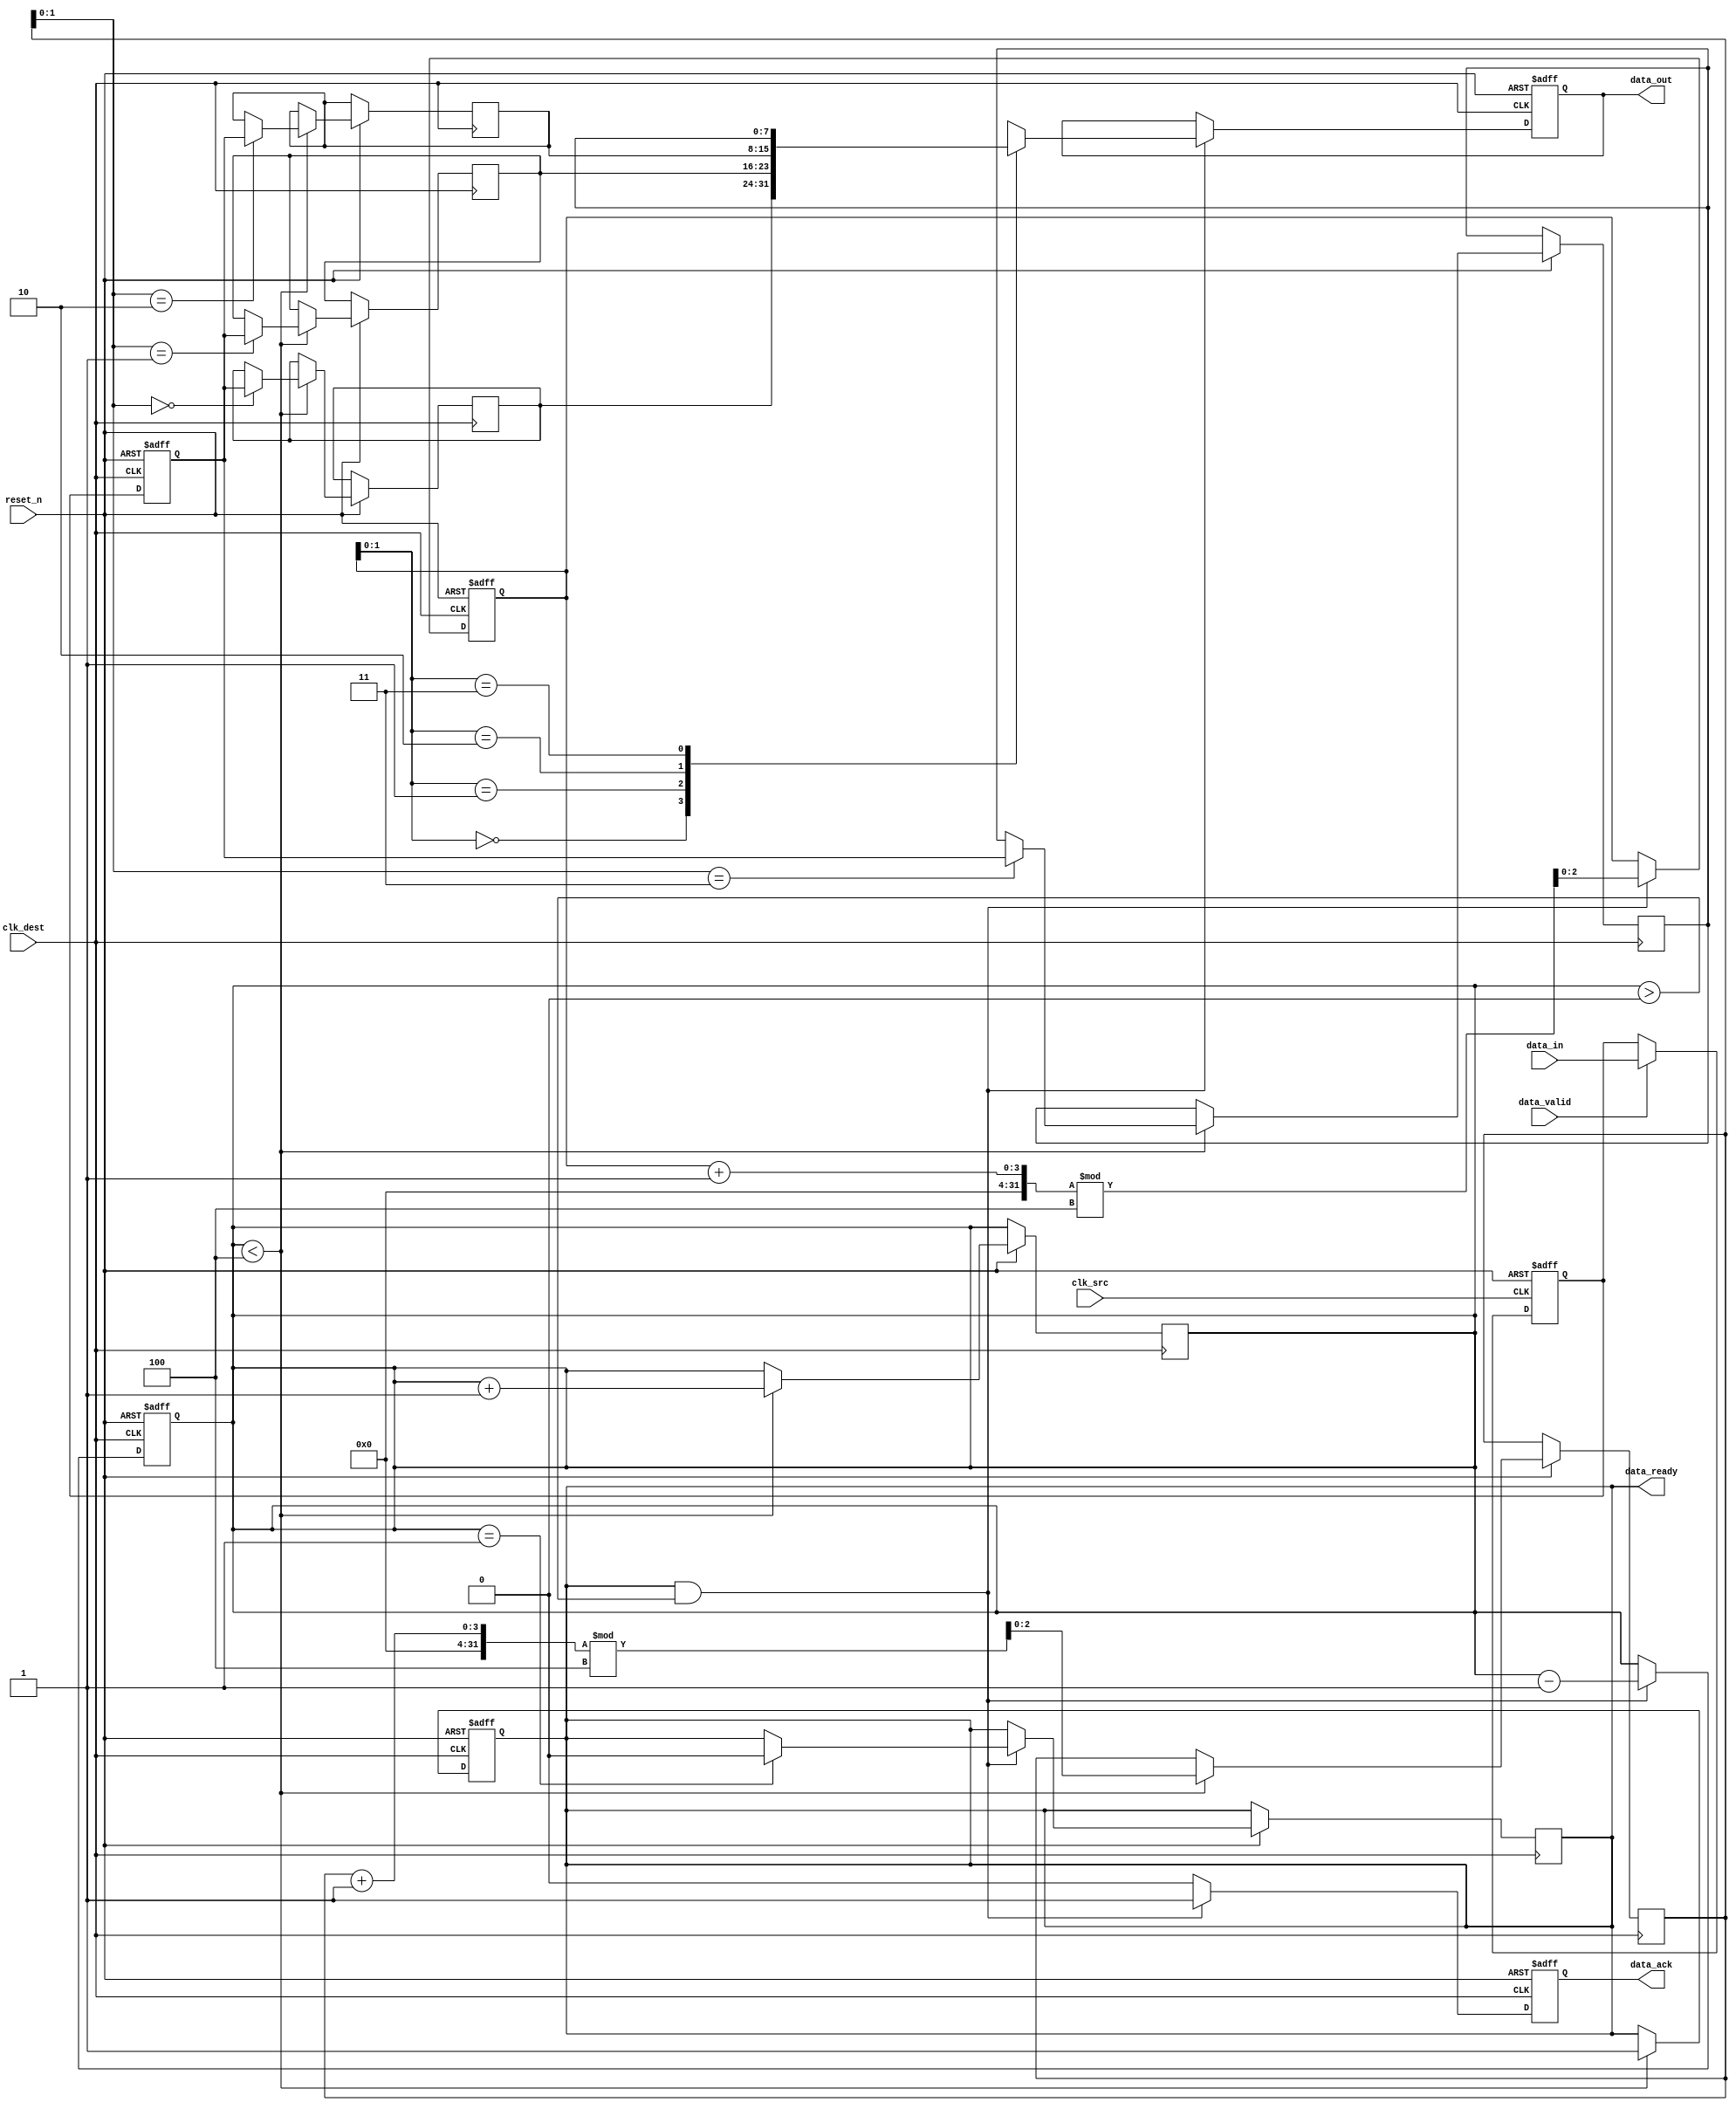
module MemoryBlocksPipelineSynchronizer #(
    parameter DATA_WIDTH = 8,  // Width of the data
    parameter FIFO_DEPTH = 4    // Depth of the FIFO buffer
)(
    input wire clk_src,         // Source clock
    input wire clk_dest,        // Destination clock
    input wire reset_n,         // Active low reset
    input wire [DATA_WIDTH-1:0] data_in, // Data input from source
    input wire data_valid,      // Signal indicating valid data
    output reg [DATA_WIDTH-1:0] data_out, // Data output to destination
    output reg data_ready,      // Signal indicating data is ready to be read
    output reg data_ack         // Acknowledgment signal from destination
);

    // Dual flip-flop synchronization
    reg [DATA_WIDTH-1:0] sync_ff1;
    reg [DATA_WIDTH-1:0] sync_ff2;

    // FIFO buffer
    reg [DATA_WIDTH-1:0] fifo [0:FIFO_DEPTH-1];
    reg [2:0] write_ptr = 0;
    reg [2:0] read_ptr = 0;
    reg [2:0] fifo_count = 0;

    // Synchronization logic
    always @(posedge clk_src or negedge reset_n) begin
        if (!reset_n) begin
            sync_ff1 <= 0;
        end else if (data_valid) begin
            sync_ff1 <= data_in; // Capture data
        end
    end

    always @(posedge clk_dest or negedge reset_n) begin
        if (!reset_n) begin
            sync_ff2 <= 0;
            data_ready <= 0;
        end else begin
            sync_ff2 <= sync_ff1; // Synchronize data to destination clock
            if (fifo_count < FIFO_DEPTH) begin
                fifo[write_ptr] <= sync_ff2; // Write to FIFO
                write_ptr <= (write_ptr + 1) % FIFO_DEPTH;
                fifo_count <= fifo_count + 1;
                data_ready <= 1; // Indicate data is ready
            end
        end
    end

    // Data output and acknowledgment logic
    always @(posedge clk_dest or negedge reset_n) begin
        if (!reset_n) begin
            data_out <= 0;
            data_ack <= 0;
            read_ptr <= 0;
            fifo_count <= 0;
        end else if (data_ready && fifo_count > 0) begin
            data_out <= fifo[read_ptr]; // Read from FIFO
            read_ptr <= (read_ptr + 1) % FIFO_DEPTH;
            fifo_count <= fifo_count - 1;
            data_ack <= 1; // Acknowledge data read
            if (fifo_count == 1) begin
                data_ready <= 0; // Reset data ready when FIFO is empty
            end
        end else begin
            data_ack <= 0; // Reset acknowledgment if no data
        end
    end

endmodule